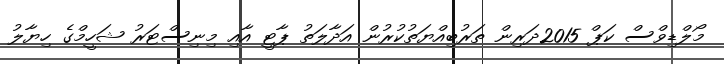
މޯލްޑިވްސް ކަޕް 2015ދަރިން ތަރުބިއްޔަތުކުރުން އަދާލަތު ޕާޓީ އާއި މިނިސްޓަރު ޝަހީމްގެ ހިޔާލު